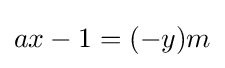
ax-1=(-y)m